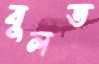
বুলত